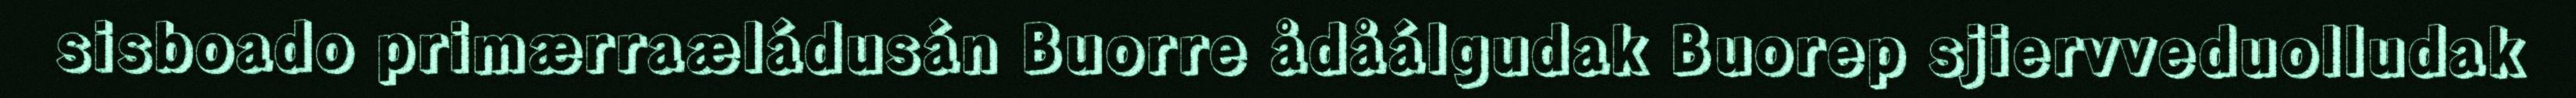
sisboado primærraæládusán Buorre ådåálgudak Buorep sjiervveduolludak